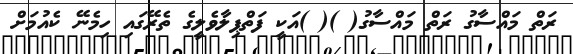
ރަތް މައްސާގު ރަތް މައްސާގު( )( )އަކީ ފަތްޕިލާވެލީގެ ތެރޭގައި ހިމެނޭ ކެއުމަށް